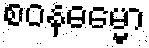
စဝနဓမ္မော